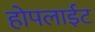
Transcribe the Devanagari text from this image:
होपलाईट